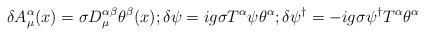
LaTeX: \begin{align*}\delta A_{\mu }^{\alpha }(x)=\sigma D_{\mu }^{\alpha \beta }\theta ^{\beta }(x);\delta \psi =ig\sigma T^{\alpha }\psi \theta ^{\alpha };\delta \psi ^{\dagger }=-ig\sigma \psi ^{\dagger }T^{\alpha }\theta ^{\alpha }\end{align*}